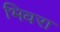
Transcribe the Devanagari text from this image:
भिवरा